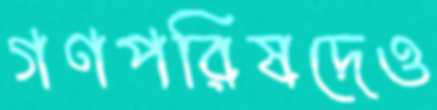
গণপরিষদেও